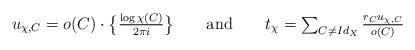
LaTeX: \begin{align*}u_{\chi,C}=o(C)\cdot\big\{\tfrac{\log\chi(C)}{2\pi i}\big\}\qquad\mathrm{and}\qquad\textstyle{t_{\chi}=\sum_{C \neq Id_{X}}\frac{r_{C}u_{\chi,C}}{o(C)}} \end{align*}